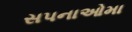
સપનાઓમા